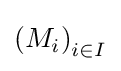
\left(M_{i}\right)_{i\in I}